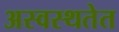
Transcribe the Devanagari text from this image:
अस्वस्थतेत